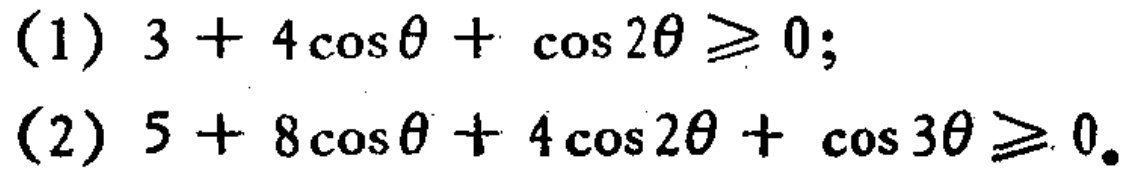
(1) \(3 + 4\cos\theta+\cos2\theta\geq0\);

(2) \(5 + 8\cos\theta+4\cos2\theta+\cos3\theta\geq0\)